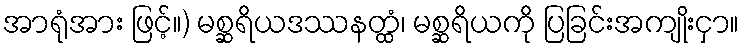
အာရုံအား ဖြင့်။) မစ္ဆရိယဒဿနတ္ထံ၊ မစ္ဆရိယကို ပြခြင်းအကျိုးငှာ။